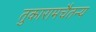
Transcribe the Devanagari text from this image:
तुकारामचैतन्य